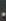
-